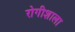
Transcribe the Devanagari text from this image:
रोगीशाला